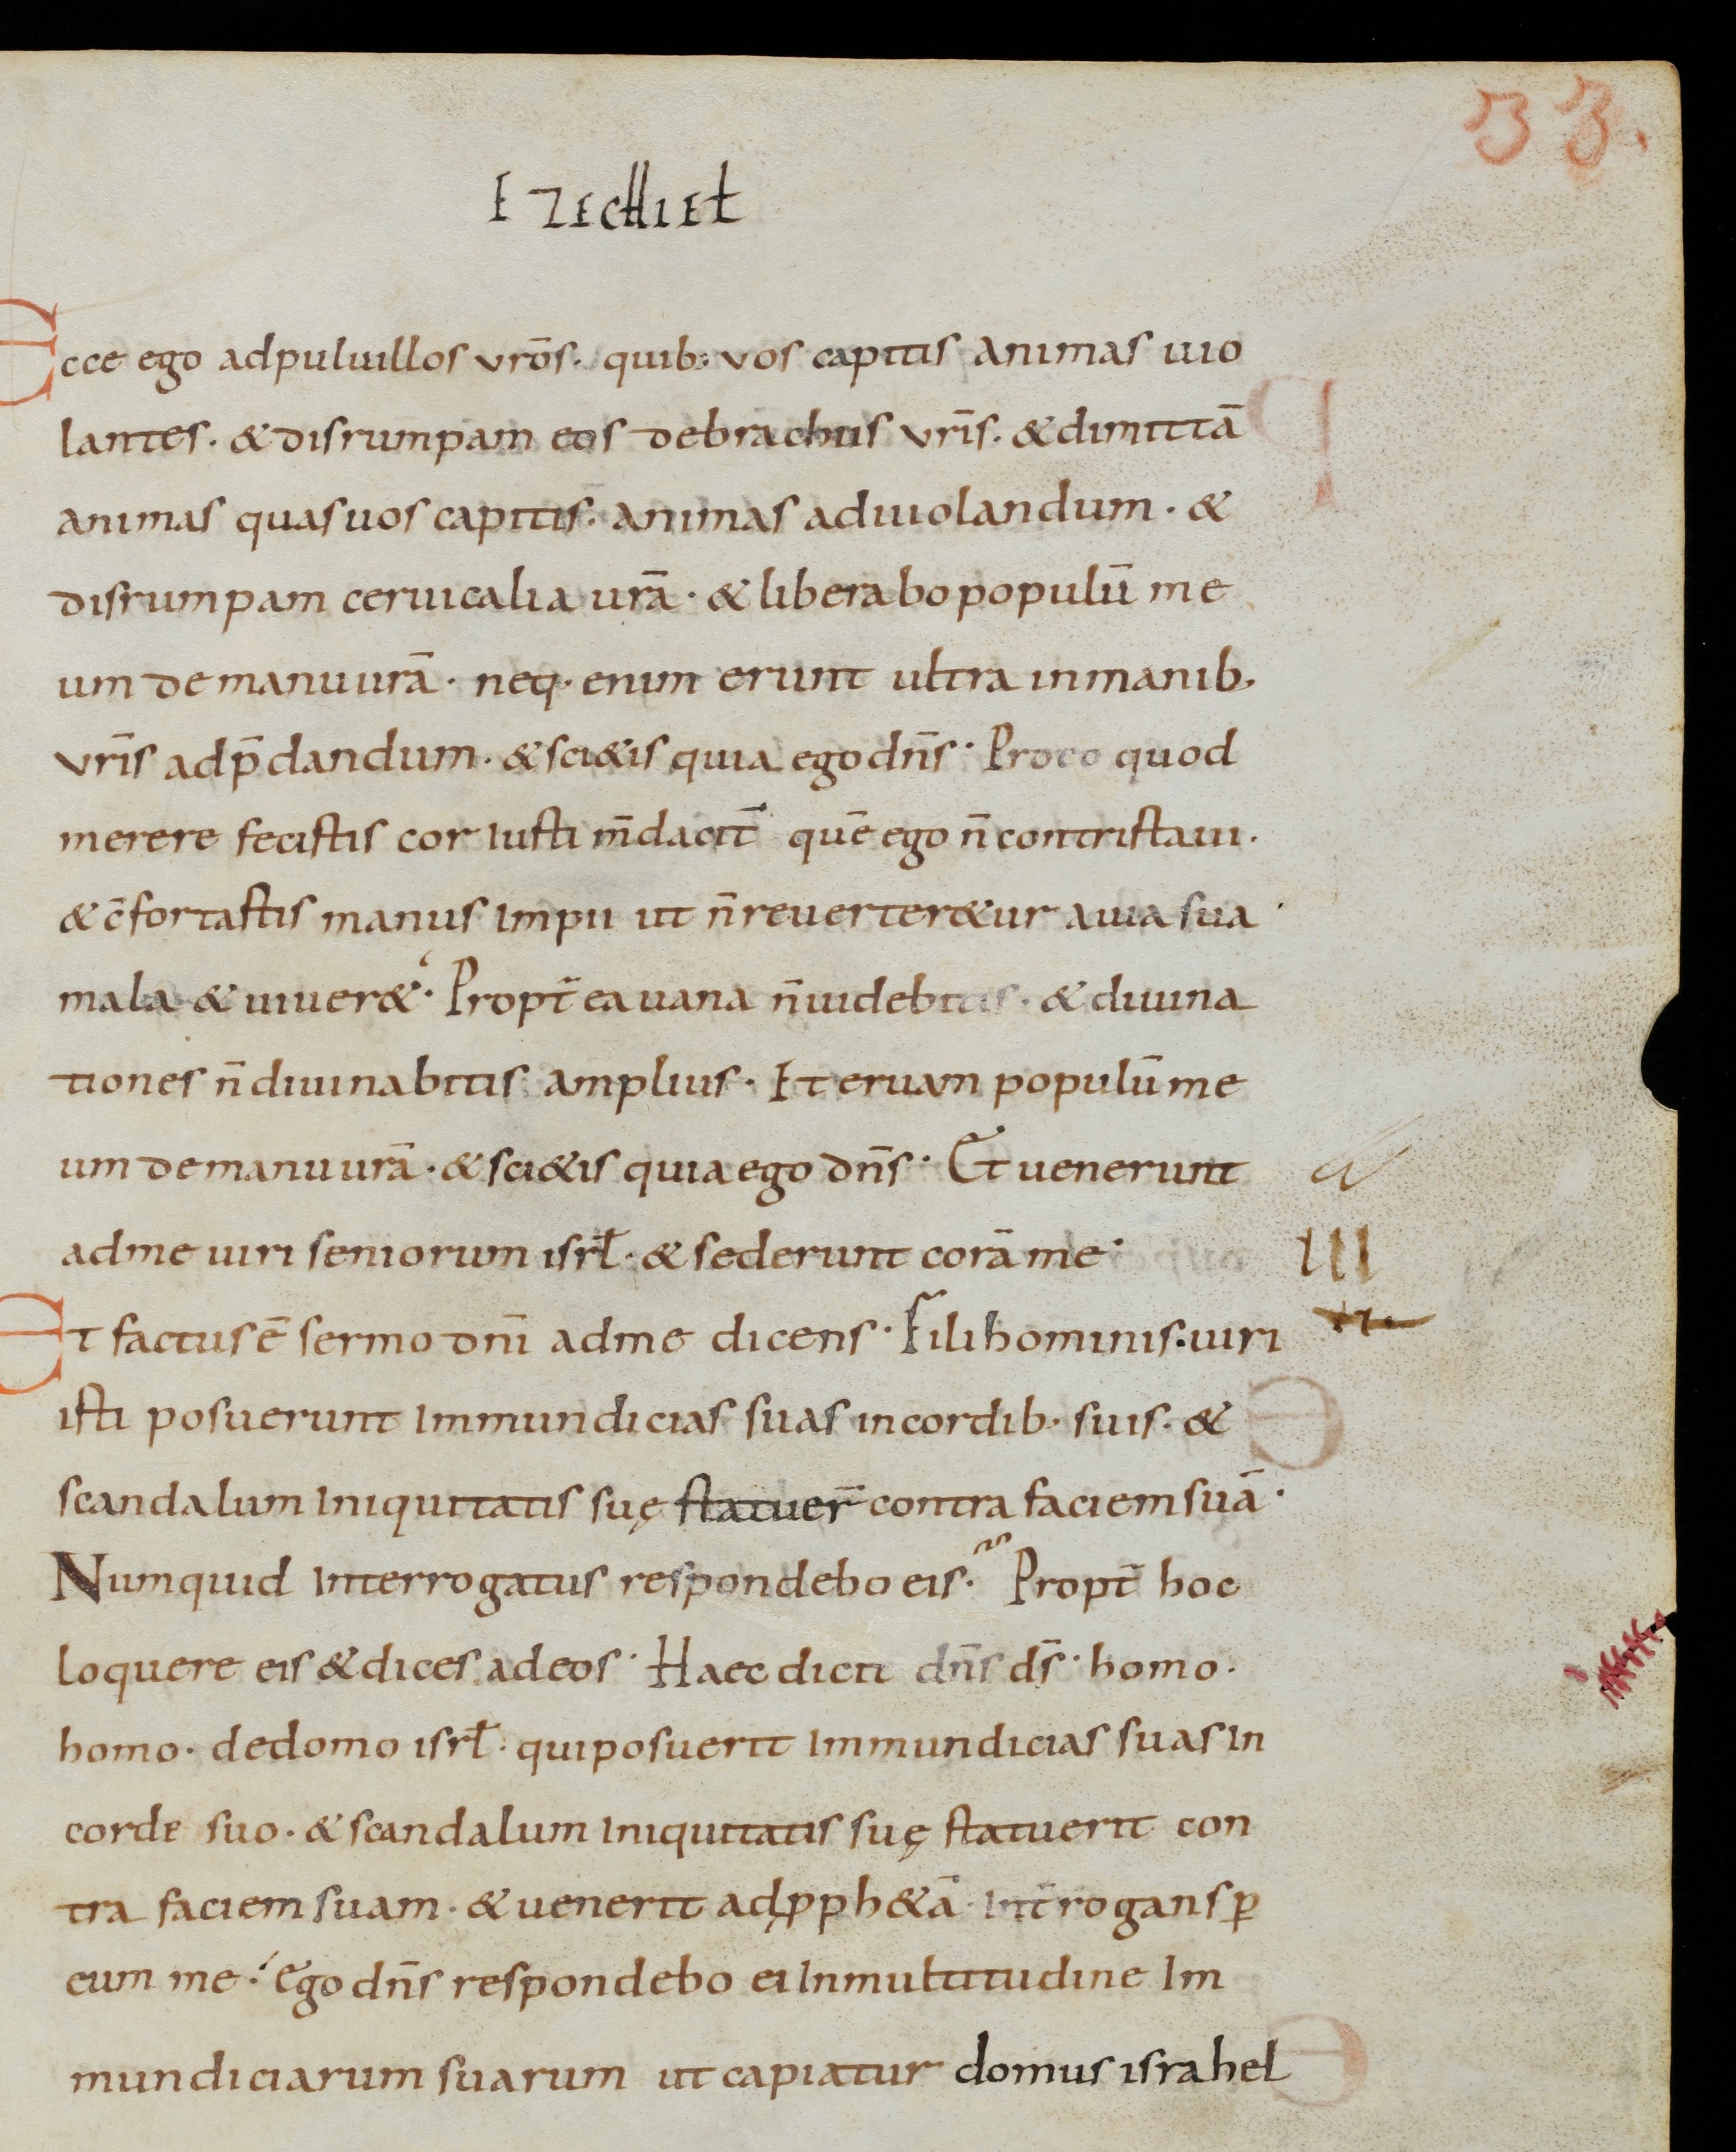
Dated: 800–899